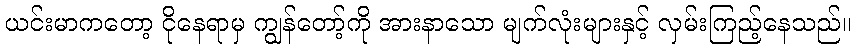
ယင်းမာကတော့ ငိုနေရာမှ ကျွန်တော့်ကို အားနာသော မျက်လုံးများနှင့် လှမ်းကြည့်နေသည်။